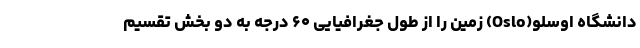
دانشگاه اوسلو(Oslo) زمین را از طول جغرافیایی ۶۰ درجه به دو بخش تقسیم